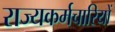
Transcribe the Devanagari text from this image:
राज्यकर्मचारियों